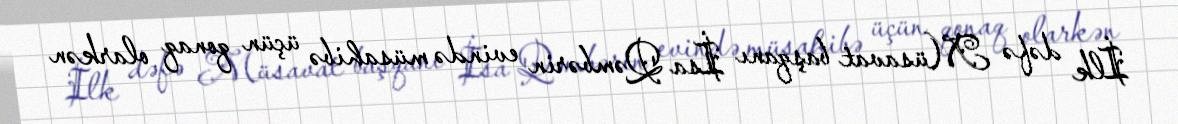
İlk dəfə Müsavat başqanı İsa Qəmbərin evində müsahibə üçün qonaq olarkən